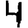
Digit: 4